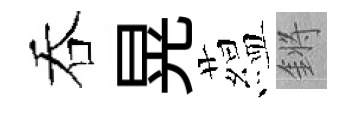
吞晃藴鏘